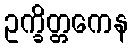
ဥက္ခိတ္တကေန